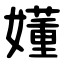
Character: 嬞